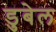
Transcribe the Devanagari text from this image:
डुबेल